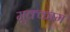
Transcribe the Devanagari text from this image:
मुक्‍काम